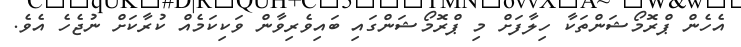
އެހެން ޕްރޮމޯޝަންތަކާ ހިލާފަށް މި ޕްރޮމޯޝަންގައި ބައިވެރިވާން ވަކިކަމެއް ކުރާކަށް ނުޖެހެ އެވެ.